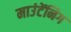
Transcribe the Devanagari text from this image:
माउंटेंनिग